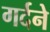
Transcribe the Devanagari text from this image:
गर्दने